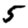
Digit: 5